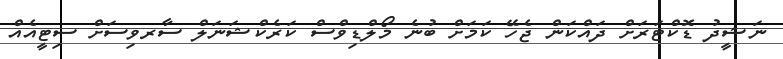
ނަޝީދު ޑޮކްޓަރަށް ދައްކަން ޖެހޭ ކަމަށް ބުނެ މޯލްޑިވްސް ކަރެކްޝަނަލް ސާރވިސަށް ސިޓީއެއް